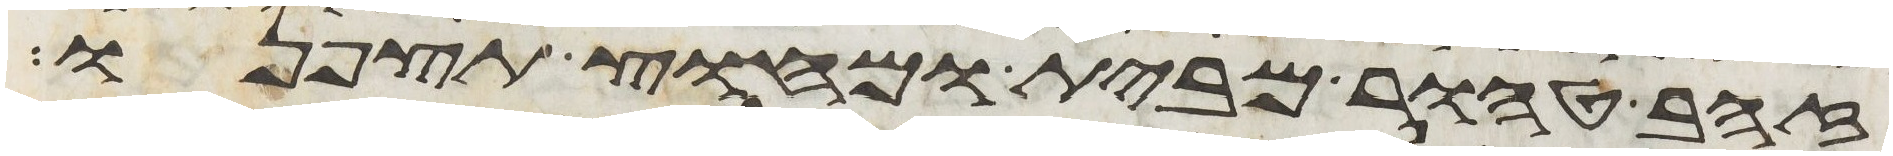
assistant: זהב טהור מבית ומחוץ תצפנו